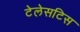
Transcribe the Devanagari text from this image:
टेलेसटिस